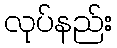
လုပ်နည်း